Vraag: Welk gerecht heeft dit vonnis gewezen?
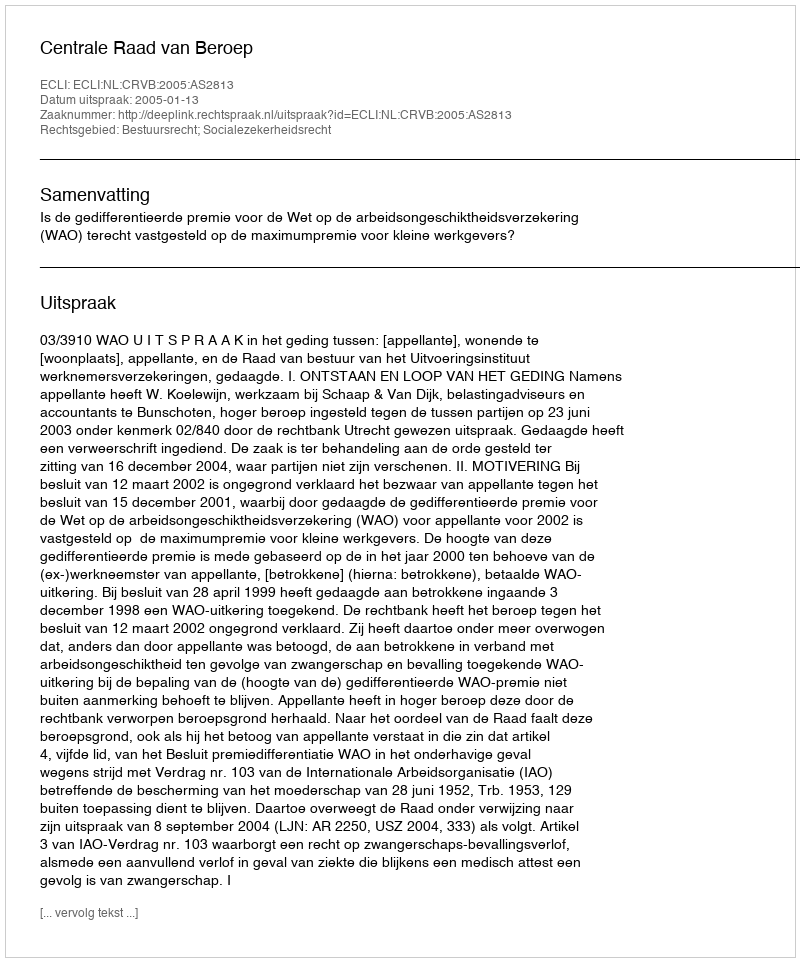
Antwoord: Centrale Raad van Beroep